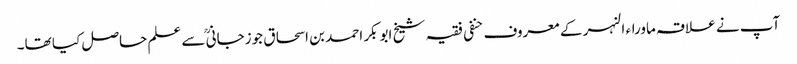
آپ نے علاقہ ماوراء النہر کے معروف حنفی فقیہ شیخ ابوبکر احمد بن اسحاق جوزجانی ؒسے علم حاصل کیا تھا۔